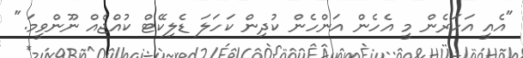
"އެއީ އަހަރެން މީ އެހެން އަންހެން ކުދިން ކަހަލަ ޑެލިކޭޓް ކުއްޖެއް ނޫންވީމަ."